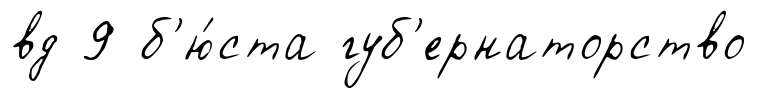
вд 9 б'ю́ста губ'ернаторство